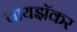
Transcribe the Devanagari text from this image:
वायझॅकर